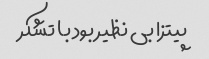
پیتزا بی نظیر بود با تشکر